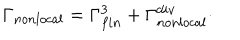
\Gamma _ { n o n l o c a l } = \Gamma _ { f i n } ^ { 3 } + \Gamma _ { n o n l o c a l } ^ { d i v } \cdot